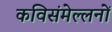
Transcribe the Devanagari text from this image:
कविसंमेल्लनों